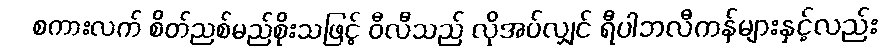
စကားလက် စိတ်ညစ်မည်စိုးသဖြင့် ဝီလီသည် လိုအပ်လျှင် ရီပါဘလီကန်များနှင့်လည်း